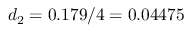
d _ { 2 } = 0 . 1 7 9 / 4 = 0 . 0 4 4 7 5